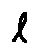
l